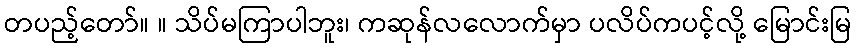
တပည့်တော်။ ။ သိပ်မကြာပါဘူး၊ ကဆုန်လလောက်မှာ ပလိပ်ကပင့်လို့ မြောင်းမြ